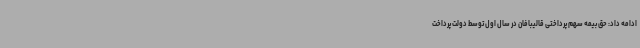
ادامه داد: حق بیمه سهم پرداختی قالیبافان در سال اول توسط دولت پرداخت